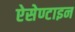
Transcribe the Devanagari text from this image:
ऐसेण्टाइन